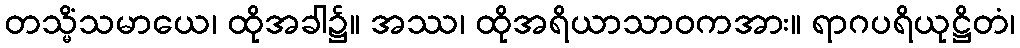
တသ္မိံသမာယေ၊ ထိုအခါ၌။ အဿ၊ ထိုအရိယာသာဝကအား။ ရာဂပရိယုဋ္ဌိတံ၊